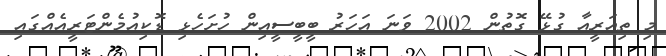
މި ތިއަރީއާ ގުޅޭ ގޮތުން 2002 ވަނަ އަހަރު ބީބީސީއިން ހުށަހެޅި ޑޮކިއުމެންޓަރީއެއްގައި